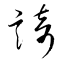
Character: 踦